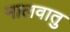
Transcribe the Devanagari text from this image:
मालवातु